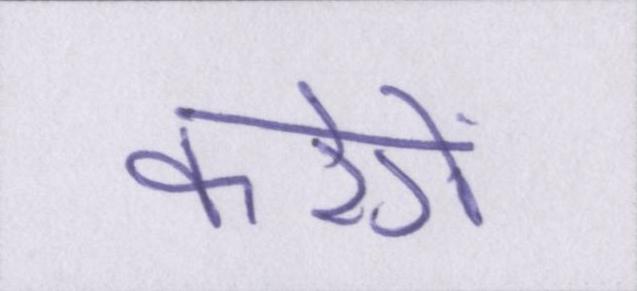
करेगें